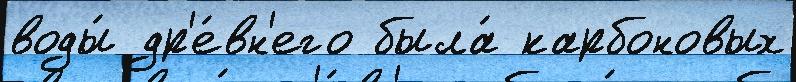
воды́ др'е́вн'его была́ карбоновых